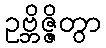
ဥဗ္ဘိဇ္ဇိတွာ